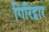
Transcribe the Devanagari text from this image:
गिरिद्वार